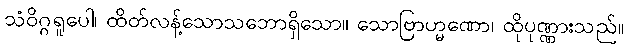
သံဝိဂ္ဂရူပေါ၊ ထိတ်လန့်သောသဘောရှိသော။ သောဗြာဟ္မဏော၊ ထိုပုဏ္ဏားသည်။